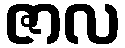
ဇာလ